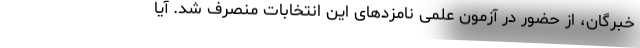
خبرگان، از حضور در آزمون علمی نامزدهای این انتخابات منصرف شد. آیا